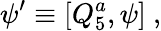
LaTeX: \psi^{\prime}\equiv[Q_{5}^{a},\psi]\ ,